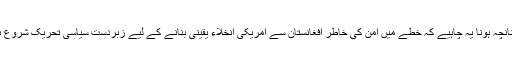
چنانچہ ہونا یہ چاہیے کہ خطے میں امن کی خاطر افغانستان سے امریکی انخلاء یقینی بنانے کے لیے زبردست سیاسی تحریک شروع ہو۔